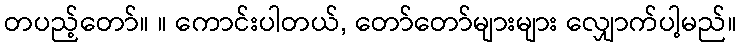
တပည့်တော်။ ။ ကောင်းပါတယ်, တော်တော်များများ လျှောက်ပါ့မည်။